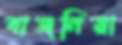
বাজনিয়া